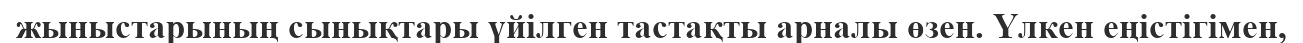
жыныстарының сынықтары үйілген тастақты арналы өзен. Үлкен еңістігімен,